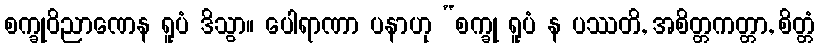
စက္ခုဝိညာဏေန ရူပံ ဒိသွာ။ ပေါရာဏာ ပနာဟု “စက္ခု ရူပံ န ပဿတိ, အစိတ္တကတ္တာ, စိတ္တံ